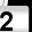
Digit: 2